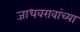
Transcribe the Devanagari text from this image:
जाधवरावांच्या